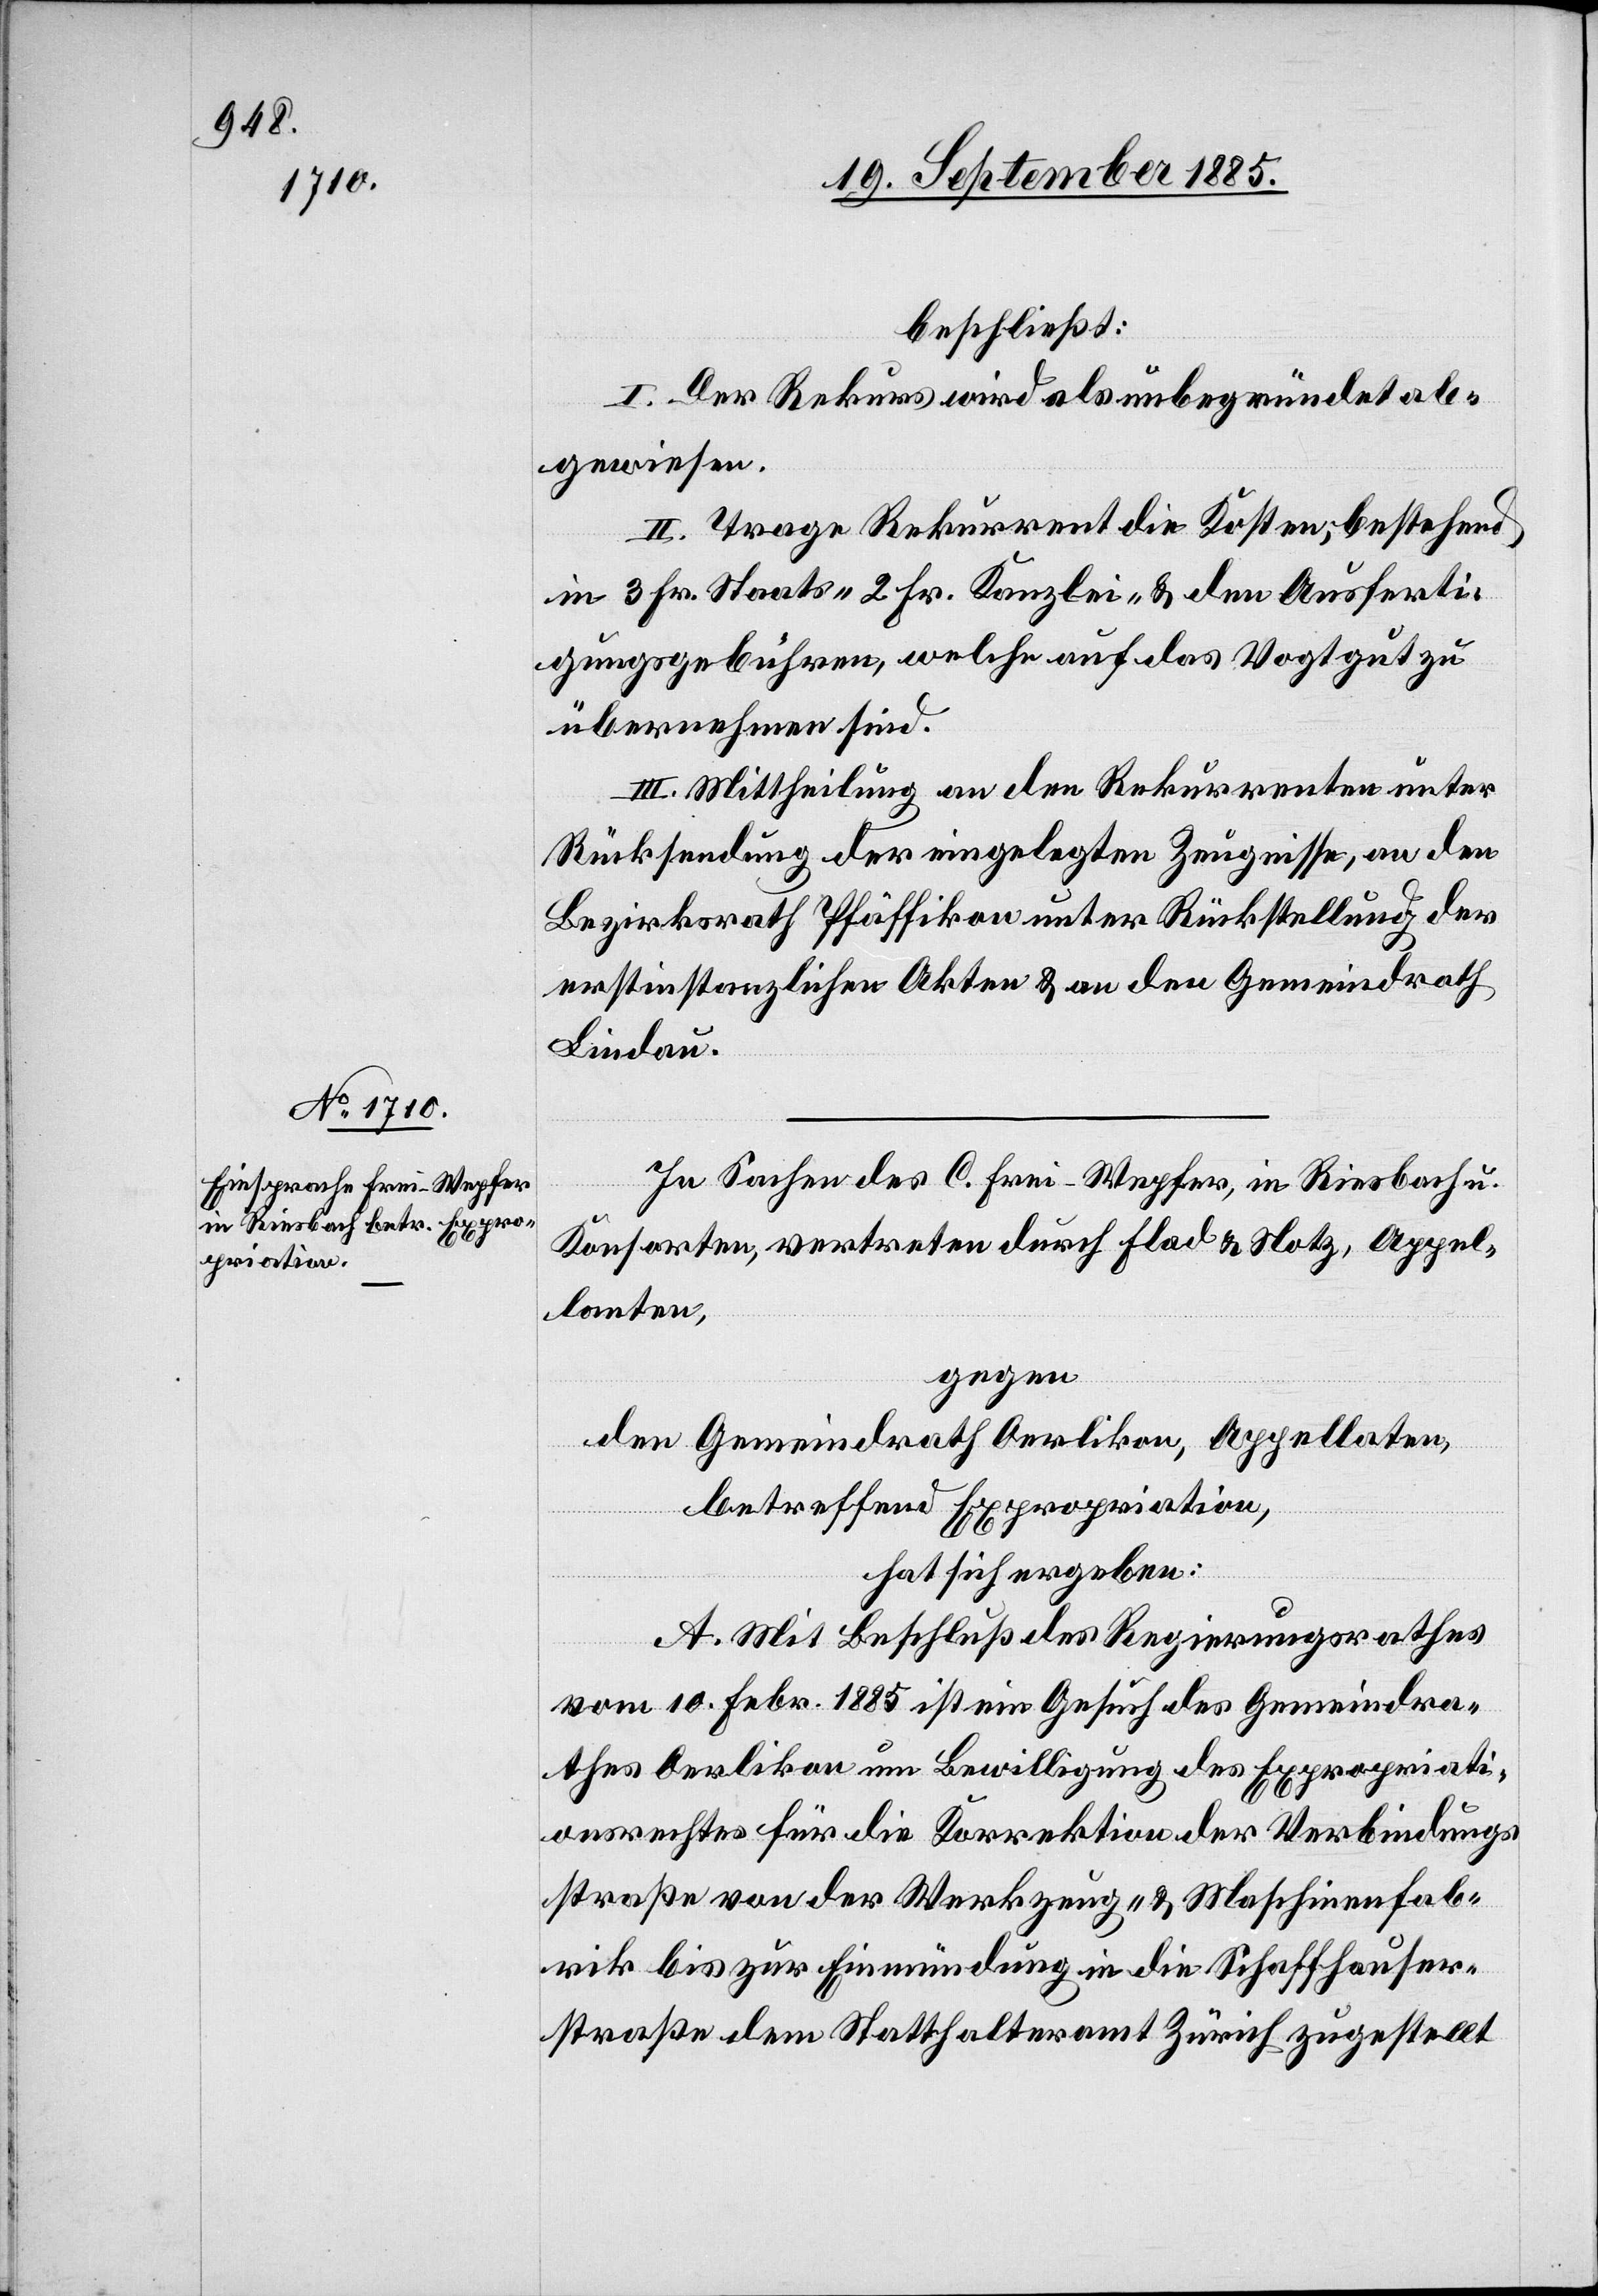
beschließt:
I. Der Rekurs wird als unbegründet ab¬
gewiesen.
II. Trage Rekurrent die Kosten, bestehend
in 3 Fr. Staats- 2 Fr. Kanzlei- & den Ausferti¬
gungsgebühren, welche auf das Vogtgut zu
übernehmen sind.
III. Mittheilung an den Rekurrenten unter
Rücksendung der eingelegten Zeugnisse, an den
Bezirksrath Pfäffikon unter Rückstellung der
erstinstanzlichen Akten & an den Gemeindrath
Lindau.
In Sachen des C. Frei-Wepfer, in Riesbach u.
Konsorten, vertreten durch Flad & Notz, Appel¬
lanten,
gegen
den Gemeindrath Oerlikon, Appellaten,
betreffend Expropriation,
hat sich ergeben:
A. Mit Beschluß des Regierungsrathes
vom 10. Febr. 1885 ist ein Gesuch des Gemeindra¬
thes Oerlikon um Bewilligung des Expropriati¬
onsrechtes für die Korrektion der Verbindungs¬
straße von der Werkzeug- & Maschinenfab¬
rik bis zur Einmündung in die Schaffhauser¬
straße dem Statthalteramt Zürich zugestellt